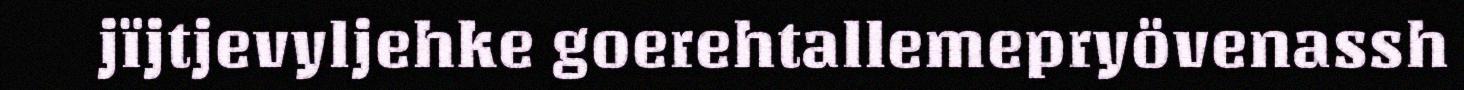
jïjtjevyljehke goerehtallemepryövenassh